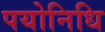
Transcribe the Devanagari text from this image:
पयोनिधि